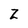
Character: Z